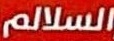
السلالم